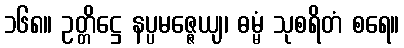
၁၆၈။ ဥတ္တိဋ္ဌေ နပ္ပမဇ္ဇေယျ၊ ဓမ္မံ သုစရိတံ စရေ။